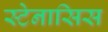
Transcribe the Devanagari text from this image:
स्टेनासिस